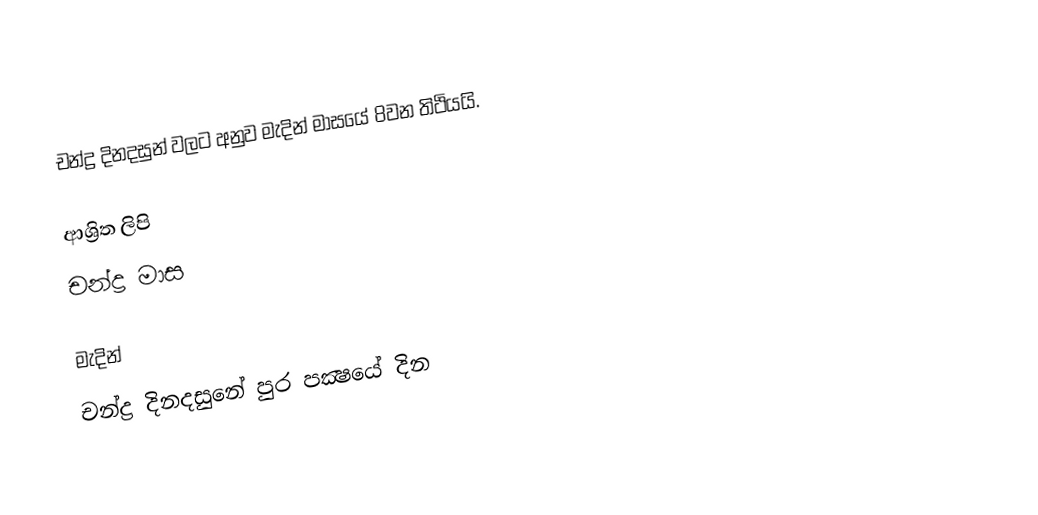
චන්ද්‍ර දිනදසුන් වලට අනුව මැදින් මාසයේ 8වන තිථියයි.

ආශ්‍රිත ලිපි
 චන්ද්‍ර මාස

මැදින්
චන්ද්‍ර දිනදසුනේ පුර පක්‍ෂයේ දින